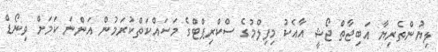
ލިޔުންތެރިޔާ އަބިޖާތް ޖޯޝީ އާއެކު މިފިލްމުގެ ސްކްރިޕްޓްގެ މަސައްކަތްކުރަމުން އަންނަ ކަމަށް ވިނޯޑް